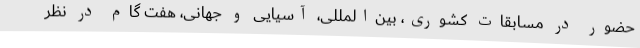
حضور در مسابقات کشوری، بین‌المللی، آسیایی و جهانی، هفت گام در نظر